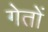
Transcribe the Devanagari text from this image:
गेतों